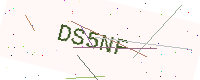
Text: DS5NF